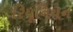
રિયૂનિયન